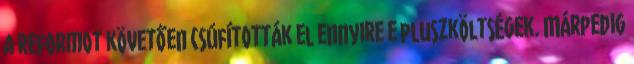
a reformot követően csúfították el ennyire e pluszköltségek. Márpedig